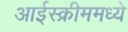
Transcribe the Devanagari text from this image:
आईस्क्रीममध्ये